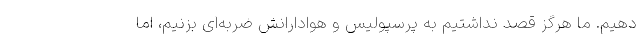
دهیم. ما هرگز قصد نداشتیم به پرسپولیس و هوادارانش ضربه‌ای بزنیم، اما